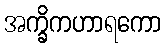
အက္ခိကဟာရကော